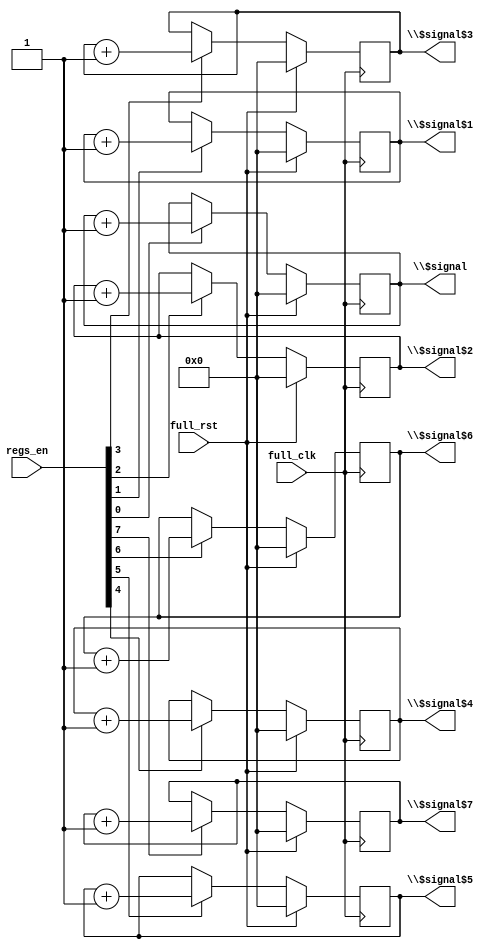
/* Generated by Yosys 0.8+     369 (git sha1 ea0e0722, clang 10.0.1 -fPIC -Os) */

(* \nmigen.hierarchy  = "top" *)
(* top =  1  *)
(* generator = "nMigen" *)
module top(regs_en, full_rst, \$signal , \$signal$1 , \$signal$2 , \$signal$3 , \$signal$4 , \$signal$5 , \$signal$6 , \$signal$7 , full_clk);
  wire [32:0] \$11 ;
  wire [32:0] \$12 ;
  wire [32:0] \$14 ;
  wire [32:0] \$15 ;
  wire [32:0] \$17 ;
  wire [32:0] \$18 ;
  wire [32:0] \$20 ;
  wire [32:0] \$21 ;
  wire [32:0] \$23 ;
  wire [32:0] \$24 ;
  wire [32:0] \$26 ;
  wire [32:0] \$27 ;
  wire [32:0] \$29 ;
  wire [32:0] \$30 ;
  wire [32:0] \$8 ;
  wire [32:0] \$9 ;
  (* src = "debug_module.py:36" *)
  reg [31:0] \$next$signal ;
  (* src = "debug_module.py:36" *)
  reg [31:0] \$next$signal$1 ;
  (* src = "debug_module.py:36" *)
  reg [31:0] \$next$signal$2 ;
  (* src = "debug_module.py:36" *)
  reg [31:0] \$next$signal$3 ;
  (* src = "debug_module.py:36" *)
  reg [31:0] \$next$signal$4 ;
  (* src = "debug_module.py:36" *)
  reg [31:0] \$next$signal$5 ;
  (* src = "debug_module.py:36" *)
  reg [31:0] \$next$signal$6 ;
  (* src = "debug_module.py:36" *)
  reg [31:0] \$next$signal$7 ;
  (* src = "clk_domains.py:5" *)
  reg \$next\clk ;
  (* init = 32'd0 *)
  (* src = "debug_module.py:36" *)
  output [31:0] \$signal ;
  reg [31:0] \$signal  = 32'd0;
  (* init = 32'd0 *)
  (* src = "debug_module.py:36" *)
  output [31:0] \$signal$1 ;
  reg [31:0] \$signal$1  = 32'd0;
  (* init = 32'd0 *)
  (* src = "debug_module.py:36" *)
  output [31:0] \$signal$2 ;
  reg [31:0] \$signal$2  = 32'd0;
  (* init = 32'd0 *)
  (* src = "debug_module.py:36" *)
  output [31:0] \$signal$3 ;
  reg [31:0] \$signal$3  = 32'd0;
  (* init = 32'd0 *)
  (* src = "debug_module.py:36" *)
  output [31:0] \$signal$4 ;
  reg [31:0] \$signal$4  = 32'd0;
  (* init = 32'd0 *)
  (* src = "debug_module.py:36" *)
  output [31:0] \$signal$5 ;
  reg [31:0] \$signal$5  = 32'd0;
  (* init = 32'd0 *)
  (* src = "debug_module.py:36" *)
  output [31:0] \$signal$6 ;
  reg [31:0] \$signal$6  = 32'd0;
  (* init = 32'd0 *)
  (* src = "debug_module.py:36" *)
  output [31:0] \$signal$7 ;
  reg [31:0] \$signal$7  = 32'd0;
  (* src = "clk_domains.py:5" *)
  wire clk;
  (* src = "clk_domains.py:4" *)
  input full_clk;
  (* src = "clk_domains.py:4" *)
  input full_rst;
  (* src = "debug_module.py:37" *)
  input [7:0] regs_en;
  assign \$9  = \$signal  + (* src = "debug_module.py:52" *) 1'h1;
  assign \$12  = \$signal$1  + (* src = "debug_module.py:52" *) 1'h1;
  assign \$15  = \$signal$2  + (* src = "debug_module.py:52" *) 1'h1;
  assign \$18  = \$signal$3  + (* src = "debug_module.py:52" *) 1'h1;
  assign \$21  = \$signal$4  + (* src = "debug_module.py:52" *) 1'h1;
  assign \$24  = \$signal$5  + (* src = "debug_module.py:52" *) 1'h1;
  assign \$27  = \$signal$6  + (* src = "debug_module.py:52" *) 1'h1;
  assign \$30  = \$signal$7  + (* src = "debug_module.py:52" *) 1'h1;
  always @(posedge full_clk)
      \$signal$7  <= \$next$signal$7 ;
  always @(posedge full_clk)
      \$signal$6  <= \$next$signal$6 ;
  always @(posedge full_clk)
      \$signal$5  <= \$next$signal$5 ;
  always @(posedge full_clk)
      \$signal$4  <= \$next$signal$4 ;
  always @(posedge full_clk)
      \$signal$3  <= \$next$signal$3 ;
  always @(posedge full_clk)
      \$signal$2  <= \$next$signal$2 ;
  always @(posedge full_clk)
      \$signal$1  <= \$next$signal$1 ;
  always @(posedge full_clk)
      \$signal  <= \$next$signal ;
  always @* begin
    \$next\clk  = 1'h0;
    \$next\clk  = full_clk;
  end
  always @* begin
    \$next$signal  = \$signal ;
    casez (regs_en[0])
      1'h1:
          \$next$signal  = \$8 [31:0];
    endcase
    casez (full_rst)
      1'h1:
          \$next$signal  = 32'd0;
    endcase
  end
  always @* begin
    \$next$signal$1  = \$signal$1 ;
    casez (regs_en[1])
      1'h1:
          \$next$signal$1  = \$11 [31:0];
    endcase
    casez (full_rst)
      1'h1:
          \$next$signal$1  = 32'd0;
    endcase
  end
  always @* begin
    \$next$signal$2  = \$signal$2 ;
    casez (regs_en[2])
      1'h1:
          \$next$signal$2  = \$14 [31:0];
    endcase
    casez (full_rst)
      1'h1:
          \$next$signal$2  = 32'd0;
    endcase
  end
  always @* begin
    \$next$signal$3  = \$signal$3 ;
    casez (regs_en[3])
      1'h1:
          \$next$signal$3  = \$17 [31:0];
    endcase
    casez (full_rst)
      1'h1:
          \$next$signal$3  = 32'd0;
    endcase
  end
  always @* begin
    \$next$signal$4  = \$signal$4 ;
    casez (regs_en[4])
      1'h1:
          \$next$signal$4  = \$20 [31:0];
    endcase
    casez (full_rst)
      1'h1:
          \$next$signal$4  = 32'd0;
    endcase
  end
  always @* begin
    \$next$signal$5  = \$signal$5 ;
    casez (regs_en[5])
      1'h1:
          \$next$signal$5  = \$23 [31:0];
    endcase
    casez (full_rst)
      1'h1:
          \$next$signal$5  = 32'd0;
    endcase
  end
  always @* begin
    \$next$signal$6  = \$signal$6 ;
    casez (regs_en[6])
      1'h1:
          \$next$signal$6  = \$26 [31:0];
    endcase
    casez (full_rst)
      1'h1:
          \$next$signal$6  = 32'd0;
    endcase
  end
  always @* begin
    \$next$signal$7  = \$signal$7 ;
    casez (regs_en[7])
      1'h1:
          \$next$signal$7  = \$29 [31:0];
    endcase
    casez (full_rst)
      1'h1:
          \$next$signal$7  = 32'd0;
    endcase
  end
  assign \$8  = \$9 ;
  assign \$11  = \$12 ;
  assign \$14  = \$15 ;
  assign \$17  = \$18 ;
  assign \$20  = \$21 ;
  assign \$23  = \$24 ;
  assign \$26  = \$27 ;
  assign \$29  = \$30 ;
  assign clk = \$next\clk ;
endmodule